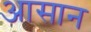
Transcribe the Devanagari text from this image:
अासान